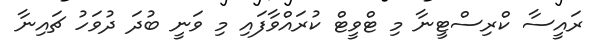
ރައީސާ ކްރިސްޓީނާ މި ޓްވީޓް ކުރައްވާފައި މި ވަނީ ބުދަ ދުވަހު ޗައިނާ